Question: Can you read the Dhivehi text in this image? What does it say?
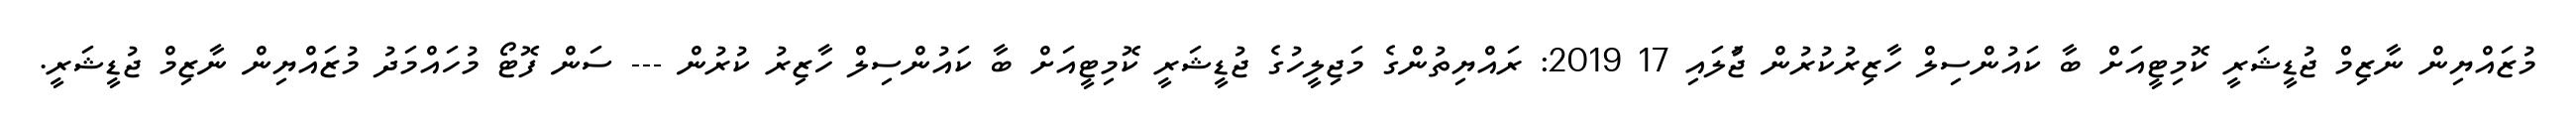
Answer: މުޒައްޔިން ނާޒިމް ޖުޑީޝަރީ ކޮމިޓީއަށް ބާ ކައުންސިލް ހާޒިރުކުރުން ޖުަލައި 17 2019: ރައްޔިތުންގެ މަޖިލީހުގެ ޖުޑީޝަރީ ކޮމިޓީއަށް ބާ ކައުންސިލް ހާޒިރު ކުރުން --- ސަން ފޮޓޯ މުހައްމަދު މުޒައްޔިން ނާޒިމް ޖުޑީޝަރީ.